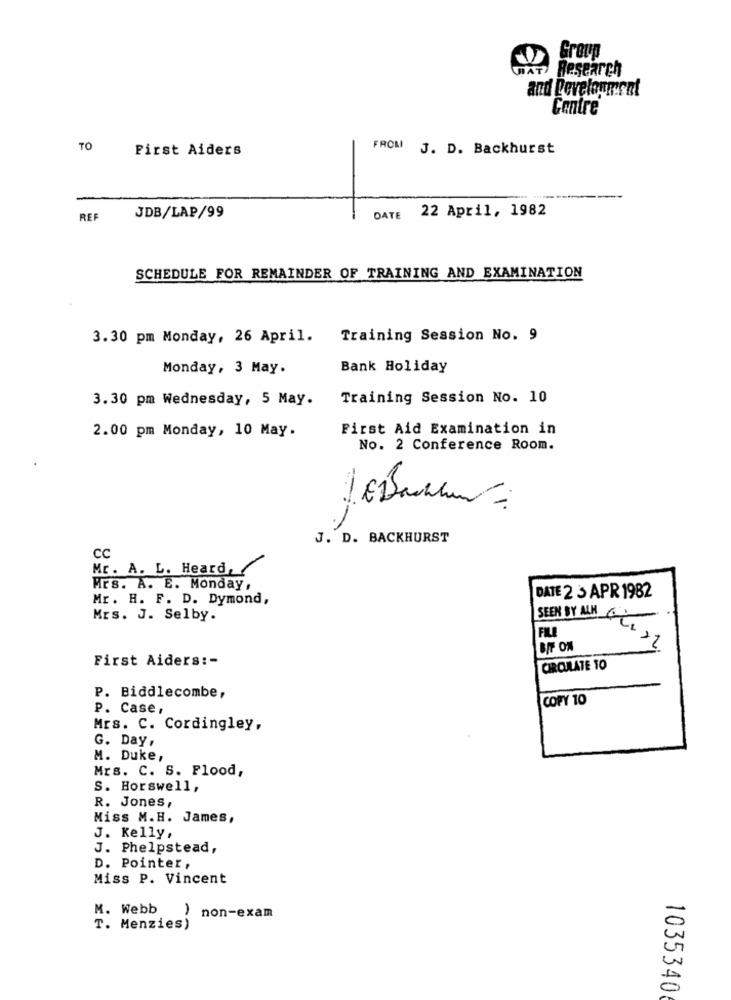
Group
WAT Research
and Development
Centre
TO
First Aiders
FROM J. D. Backhurst
22 April, 1982
REF
JDB/LAP/99
DATE
SCHEDULE FOR REMAINDER OF TRAINING AND EXAMINATION
3.30 pm Monday, 26 April.
Training Session No. 9
Monday, 3 May.
Bank Holiday
3.30 pm Wednesday, 5 May.
Training Session No. 10
2.00 pm Monday, 10 May.
First Aid Examination in
No. 2 Conference Room.
J. D. BACKHURST
CC
Mr. A. L. Heard,
Mrs. A. E. Monday,
Mr. H. F. D. Dymond,
DATE 2 3 APR 1982
SEEN BY ALH
Mrs. J. Selby.
FILE
BIF ON
22
First Aiders :-
CIRCULATE TO
P. Biddlecombe,
COPY 10
P. Case ,
Mrs. C. Cordingley,
G. Day,
M. Duke,
Mrs. C. S. Flood,
S. Horswell,
R. Jones ,
Miss M.H. James,
J. Kelly,
J. Phelpstead,
D. Pointer,
Miss P. Vincent
M. Webb
non-exam
T. Menzies)
1035340